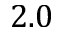
2 . 0